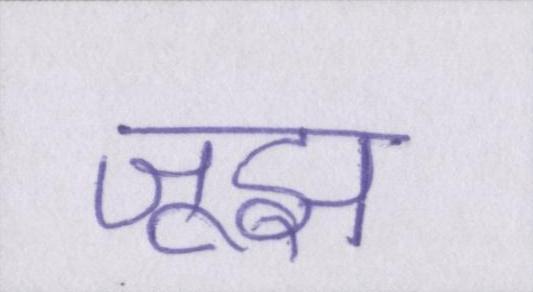
जूझ